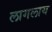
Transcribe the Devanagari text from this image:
लागलाय